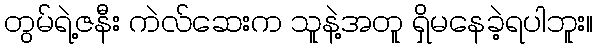
တွမ်ရဲ့ဇနီး ကဲလ်ဆေးက သူနဲ့အတူ ရှိမနေခဲ့ရပါဘူး။